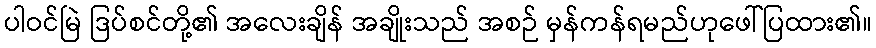
ပါဝင်မြဲ ဒြပ်စင်တို့၏ အလေးချိန် အချိုးသည် အစဉ် မှန်ကန်ရမည်ဟုဖေါ်ပြထား၏။